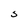
Character: s